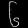
Digit: ၆